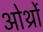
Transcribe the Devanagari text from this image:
ओर्थ्रो